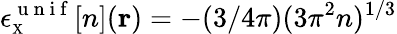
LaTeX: \epsilon_{\scriptscriptstyle\mathrm{X}}^{\mathrm{~u~n~i~f~}}[n]({\mathbf r})=-(3/4\pi)(3\pi^{2}n)^{1/3}